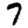
Digit: 7